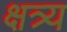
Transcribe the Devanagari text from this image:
क्षत्र्य